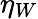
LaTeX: \eta_{W}